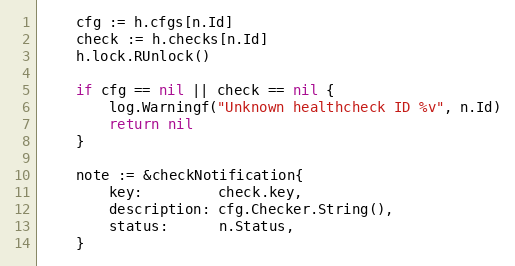
Language: Go
	cfg := h.cfgs[n.Id]
	check := h.checks[n.Id]
	h.lock.RUnlock()

	if cfg == nil || check == nil {
		log.Warningf("Unknown healthcheck ID %v", n.Id)
		return nil
	}

	note := &checkNotification{
		key:         check.key,
		description: cfg.Checker.String(),
		status:      n.Status,
	}